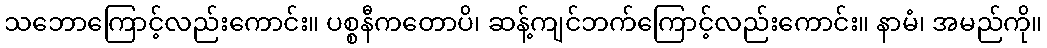
သဘောကြောင့်လည်းကောင်း။ ပစ္စနီကတောပိ၊ ဆန့်ကျင်ဘက်ကြောင့်လည်းကောင်း။ နာမံ၊ အမည်ကို။